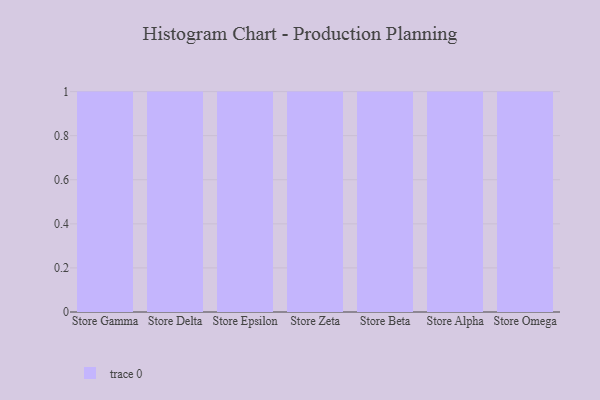
{"axis": {"x": "Store", "y": "Tickets Resolved"}, "legend": [""], "data": [{"x": "Store Gamma", "y": 80, "type": ""}, {"x": "Store Delta", "y": 75, "type": ""}, {"x": "Store Epsilon", "y": 44, "type": ""}, {"x": "Store Zeta", "y": 60, "type": ""}, {"x": "Store Beta", "y": 96, "type": ""}, {"x": "Store Alpha", "y": 70, "type": ""}, {"x": "Store Omega", "y": 62, "type": ""}]}